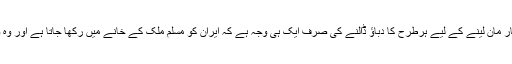
ظاہر ہے کہ امریکہ کے ایران کے خلاف محاذ کھولنے اور ایران کو ہار مان لینے کے لیے ہرطرح کا دباؤ ڈالنے کی صرف ایک ہی وجہ ہے کہ ایران کو مسلم ملک کے خانے میں رکھا جاتا ہے اور وہ وقتاً فوقتاً زبانی جمع خرچ کے طور پر اِسرائیل کو چیلنج کرتا رہتا ہے۔